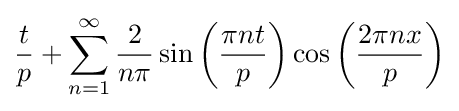
{\frac {t}{p}}+\sum _{n=1}^{\infty }{\frac {2}{n\pi }}\sin \left({\frac {\pi nt}{p}}\right)\cos \left({\frac {2\pi nx}{p}}\right)